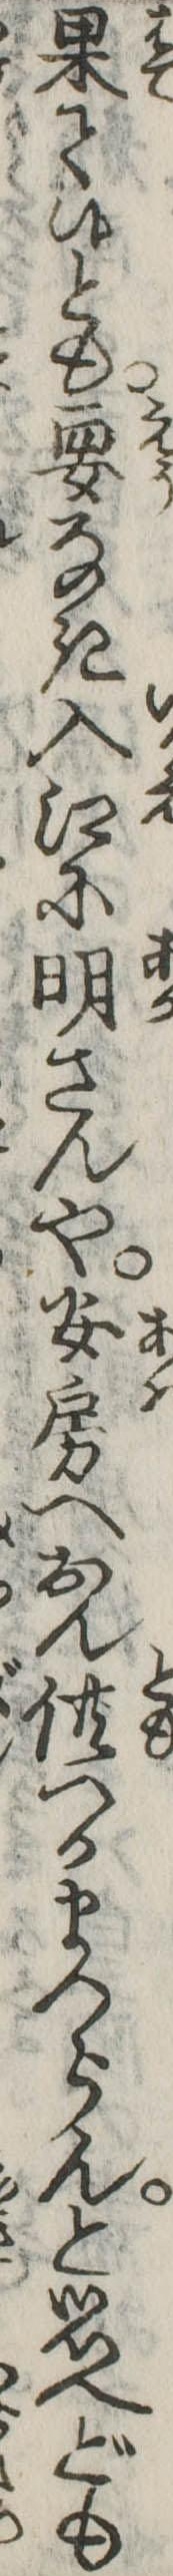
果て候とも要なき入江に明さんや安房へおん供つかまつらんと思へども